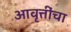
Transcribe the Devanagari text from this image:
आवृत्तींचा